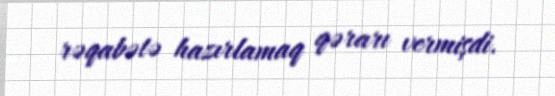
rəqabətə hazırlamaq qərarı vermişdi.